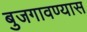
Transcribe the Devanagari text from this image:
बुजगावण्यास